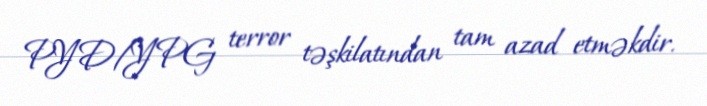
PYD/YPG terror təşkilatından tam azad etməkdir.